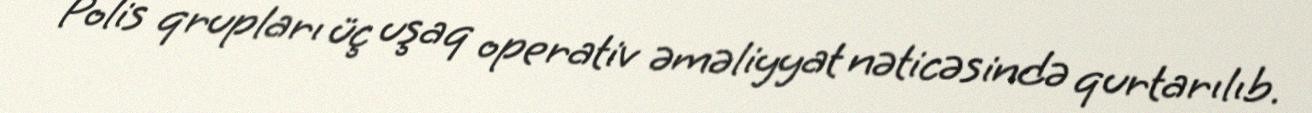
Polis qrupları üç uşaq operativ əməliyyat nəticəsində qurtarılıb.